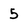
Character: 5